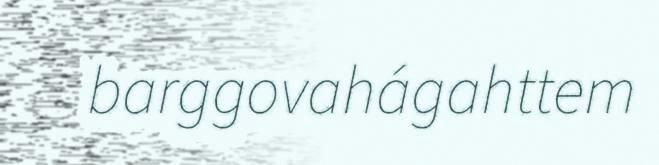
barggovahágahttem